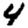
Digit: 4